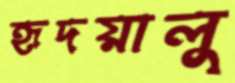
হৃদয়ালু